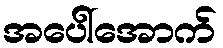
အပေါ်အောက်